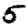
Digit: 5